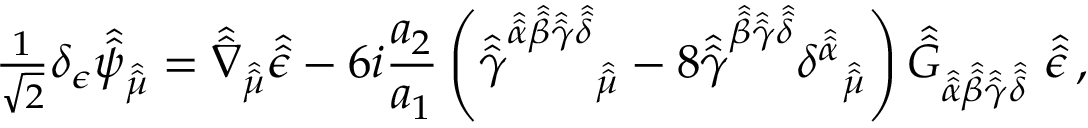
{ \textstyle \frac { 1 } { \sqrt { 2 } } } \delta _ { \epsilon } \hat { \hat { \psi } } _ { \hat { \hat { \mu } } } = \hat { \hat { \nabla } } _ { \hat { \hat { \mu } } } \hat { \hat { \epsilon } } - 6 i \frac { a _ { 2 } } { a _ { 1 } } \left( \hat { \hat { \gamma } } ^ { \hat { \hat { \alpha } } \hat { \hat { \beta } } \hat { \hat { \gamma } } \hat { \hat { \delta } } } { } _ { \hat { \hat { \mu } } } - 8 \hat { \hat { \gamma } } ^ { \hat { \hat { \beta } } \hat { \hat { \gamma } } \hat { \hat { \delta } } } \delta ^ { \hat { \hat { \alpha } } } { } _ { \hat { \hat { \mu } } } \right) \hat { \hat { G } } _ { \hat { \hat { \alpha } } \hat { \hat { \beta } } \hat { \hat { \gamma } } \hat { \hat { \delta } } } \ \hat { \hat { \epsilon } } \, ,